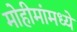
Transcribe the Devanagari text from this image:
मोहीमांमध्ये